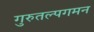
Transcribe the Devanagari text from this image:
गुरुतल्पगमन